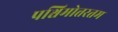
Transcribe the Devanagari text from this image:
पश्चिमोत्तरतम